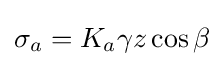
\sigma _{a}=K_{a}\gamma z\cos \beta